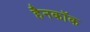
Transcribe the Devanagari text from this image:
हैनकाॅक